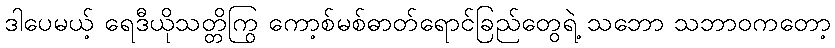
ဒါပေမယ့် ရေဒီယိုသတ္တိကြွ ကော့စ်မစ်ဓာတ်ရောင်ခြည်တွေရဲ့ သဘော သဘာဝကတော့